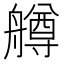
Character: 𦪚